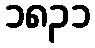
၁၈၃၁